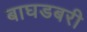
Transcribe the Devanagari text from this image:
बाघडबरी